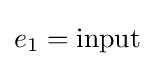
{\textstyle e_{1}={\text{input}}}